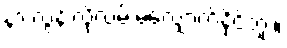
နာ လွန်းလို့လမ်းမလျှောက်နိုင်ဘူး။